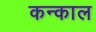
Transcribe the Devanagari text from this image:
कन्काल